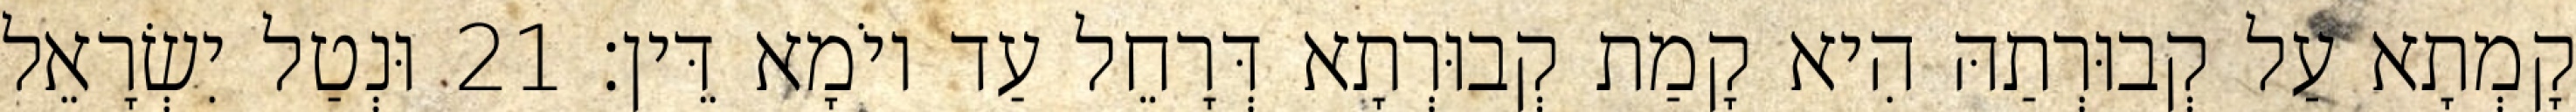
קָמְתָא עַל קְבוּרְתַהּ הִיא קָמַת קְבוּרְתָא דְּרָחֵל עַד יוֹמָא דֵּין׃ 21 וּנְטַל יִשְׂרָאֵל